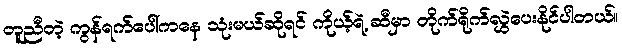
တူညီတဲ့ ကွန်ရက်ပေါ်ကနေ သုံးမယ်ဆိုရင် ကိုယ့်ရဲ့ ဆီမှာ တိုက်ရိုက်လွှဲပေးနိုင်ပါတယ်။